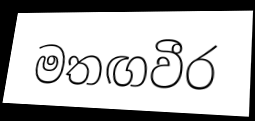
මතඟවීර